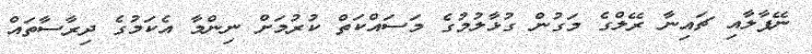
ނޭޕާލާއި ޗައިނާ ރޭލްގެ މަގުން ގުޅާލުމުގެ މަސައްކަތް ކުރުމަށް ނިންމާ އެކަމުގެ ދިރާސާތައް